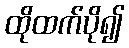
ထိုထက်ပို၍